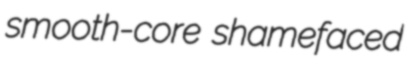
smooth-core shamefaced